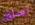
تسلق